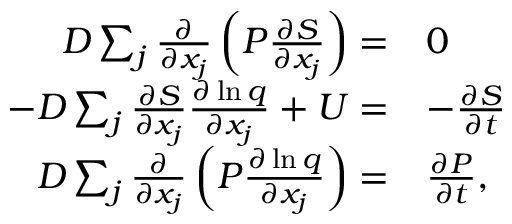
\begin{array} { r l } { D \sum _ { j } \frac { \partial } { \partial x _ { j } } \left( P \frac { \partial S } { \partial x _ { j } } \right) = } & { 0 } \\ { - D \sum _ { j } \frac { \partial S } { \partial x _ { j } } \frac { \partial \ln q } { \partial x _ { j } } + U = } & { - \frac { \partial S } { \partial t } } \\ { D \sum _ { j } \frac { \partial } { \partial x _ { j } } \left( P \frac { \partial \ln q } { \partial x _ { j } } \right) = } & { \frac { \partial P } { \partial t } , } \end{array}